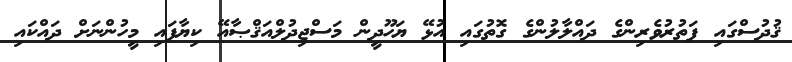
ޤުދުސްގައި ފަތުރުވެރިންގެ ދައްލާލުންގެ ގޮތުގައި އުޅޭ ޔަހޫދީން މަސްޖިދުލްއަޤްޞާއޭ ކިޔާފައި މީހުންނަށް ދައްކައި